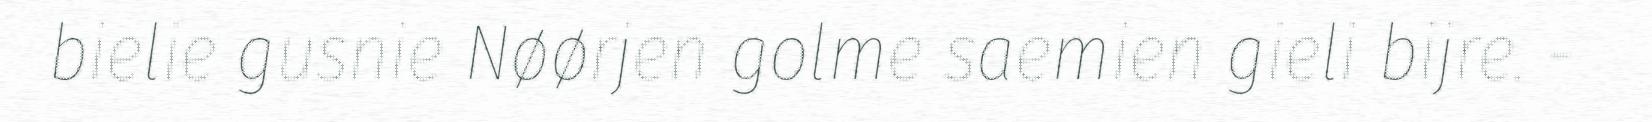
bielie gusnie Nøørjen golme saemien gieli bijre. -